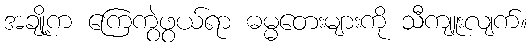
အချို့က ကြေကွဲဖွယ်ရာ ဓမ္မတေးများကို သီကျူးလျက်။